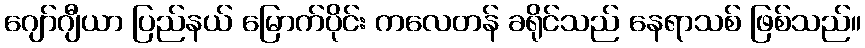
ဂျော်ဂျီယာ ပြည်နယ် မြောက်ပိုင်း ကလေတန် ခရိုင်သည် နေရာသစ် ဖြစ်သည်။